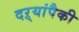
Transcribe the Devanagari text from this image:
दऱ्यांपैकी